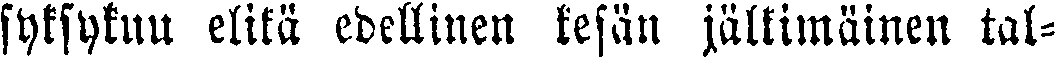
syksykuu elikä edellinen kesän jälkimäinen tal-